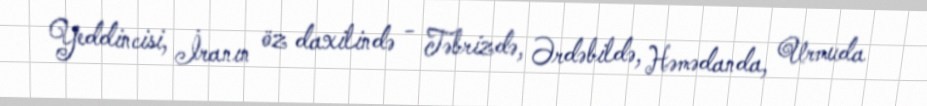
Yeddincisi, İranın öz daxilində - Təbrizdə, Ərdəbildə, Həmədanda, Urmuda